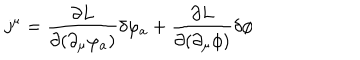
j ^ { \mu } = \frac { \partial L } { \partial ( \partial _ { \mu } \varphi _ { a } ) } \delta \varphi _ { a } + \frac { \partial L } { \partial ( \partial _ { \mu } \phi ) } \delta \phi